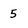
Character: 5